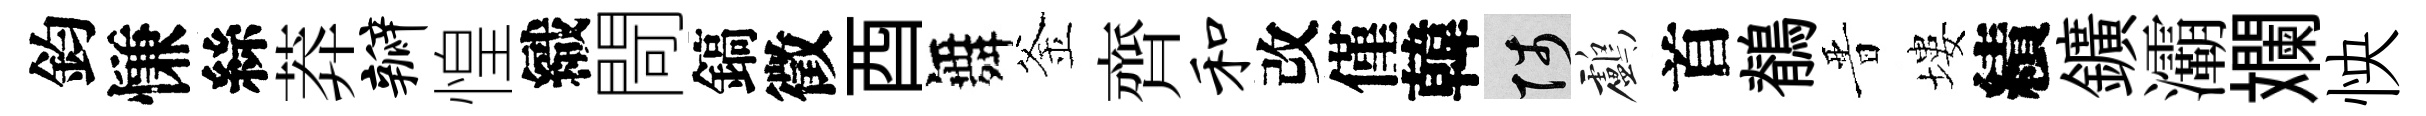
鈞慊絲莽瓣惶織閜鎬徵酉舞釜齊和改僅韓陟鸕首鶺晋塿績鑛灞斕怏